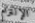
الإلتزام